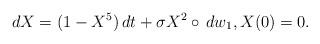
LaTeX: \begin{align*}dX=(1-X^{5})\,dt+\sigma X^2\circ\,dw_{1},X(0)=0. \end{align*}